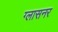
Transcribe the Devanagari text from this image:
ग्लासनर